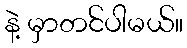
နဲ့ မှာတင်ပါမယ်။